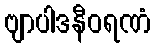
ဗျာပါဒနီဝရဏံ